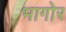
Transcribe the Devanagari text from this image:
भागोर